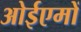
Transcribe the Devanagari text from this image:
ओईएमों